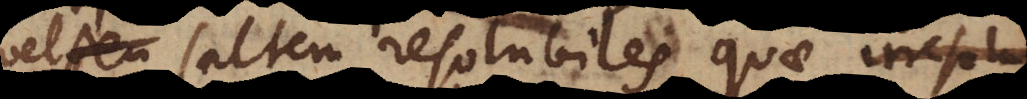
vel saltem resolubiles, quae